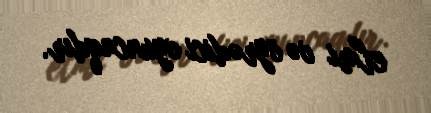
elmi və öyrədici oyuncaqdır.